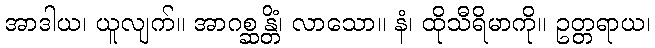
အာဒါယ၊ ယူလျက်။ အာဂစ္ဆန္တိံ၊ လာသော။ နံ၊ ထိုသီရိမာကို။ ဥတ္တရာယ၊